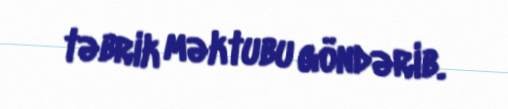
təbrik məktubu göndərib.